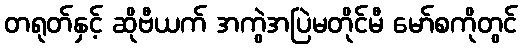
တရုတ်နှင့် ဆိုဗီယက် အကွဲအပြဲမတိုင်မီ မော်စကိုတွင်